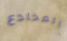
المخادع